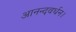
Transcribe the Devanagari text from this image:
आनन्दवर्धन।